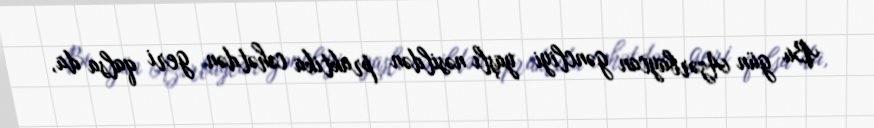
Bu gün Azərbaycan gəncliyi yaşlı nəsildən praktika cəhətdən geri qalsa da,